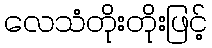
လေသံတိုးတိုးဖြင့်